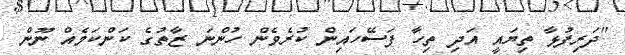
"ދަރިފުޅާ ތިޔައީ އަދި ތިހާ ފަސޭހައިން ކުރެވެން ހުންނަ ޒާތުގެ ކަންކަމެއް ނޫން